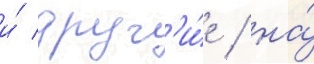
и́ друг'и́е / на́